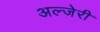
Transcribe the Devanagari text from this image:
अल्जेरी